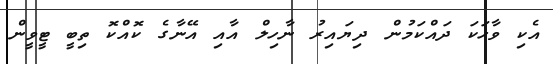
އެކި ވާހަކަ ދައްކަމުން ދިޔައިރު ނާހިލް އާއި އޭނާގެ ކޮއްކޮ ތިބީ ޓީވީން